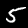
Label: 5